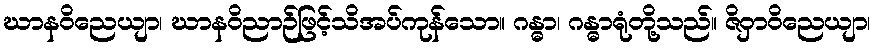
ဃာနဝိညေယျာ၊ ဃာနဝိညာဉ်ဖြင့်သိအပ်ကုန်သော။ ဂန္ဓာ၊ ဂန္ဓာရုံတို့သည်။ ဇိဝှာဝိညေယျာ၊